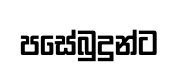
පසේබුදුන්ට